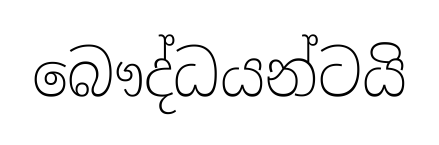
බෞද්ධයන්ටයි